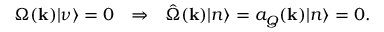
\Omega ( { \bf k } ) | \nu \rangle = 0 \ \ \Rightarrow \ \ \hat { \Omega } ( { \bf k } ) | n \rangle = a _ { Q } ( { \bf k } ) | n \rangle = 0 .